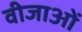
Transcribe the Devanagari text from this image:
वीजाओं